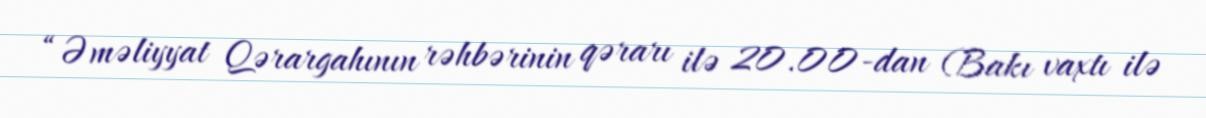
“Əməliyyat Qərargahının rəhbərinin qərarı ilə 20.00-dan (Bakı vaxtı ilə